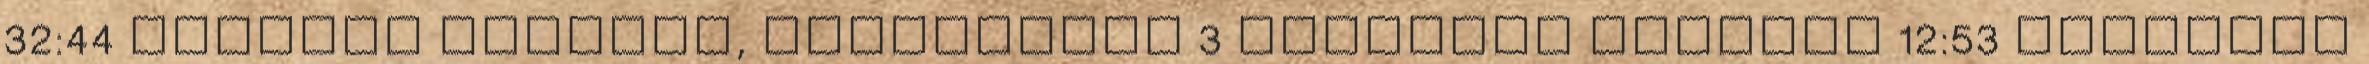
32:44 PornHub bukkake, hírességek 3 hónappal ezelőtt 12:53 xHamster